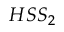
{ H S S } _ { 2 }